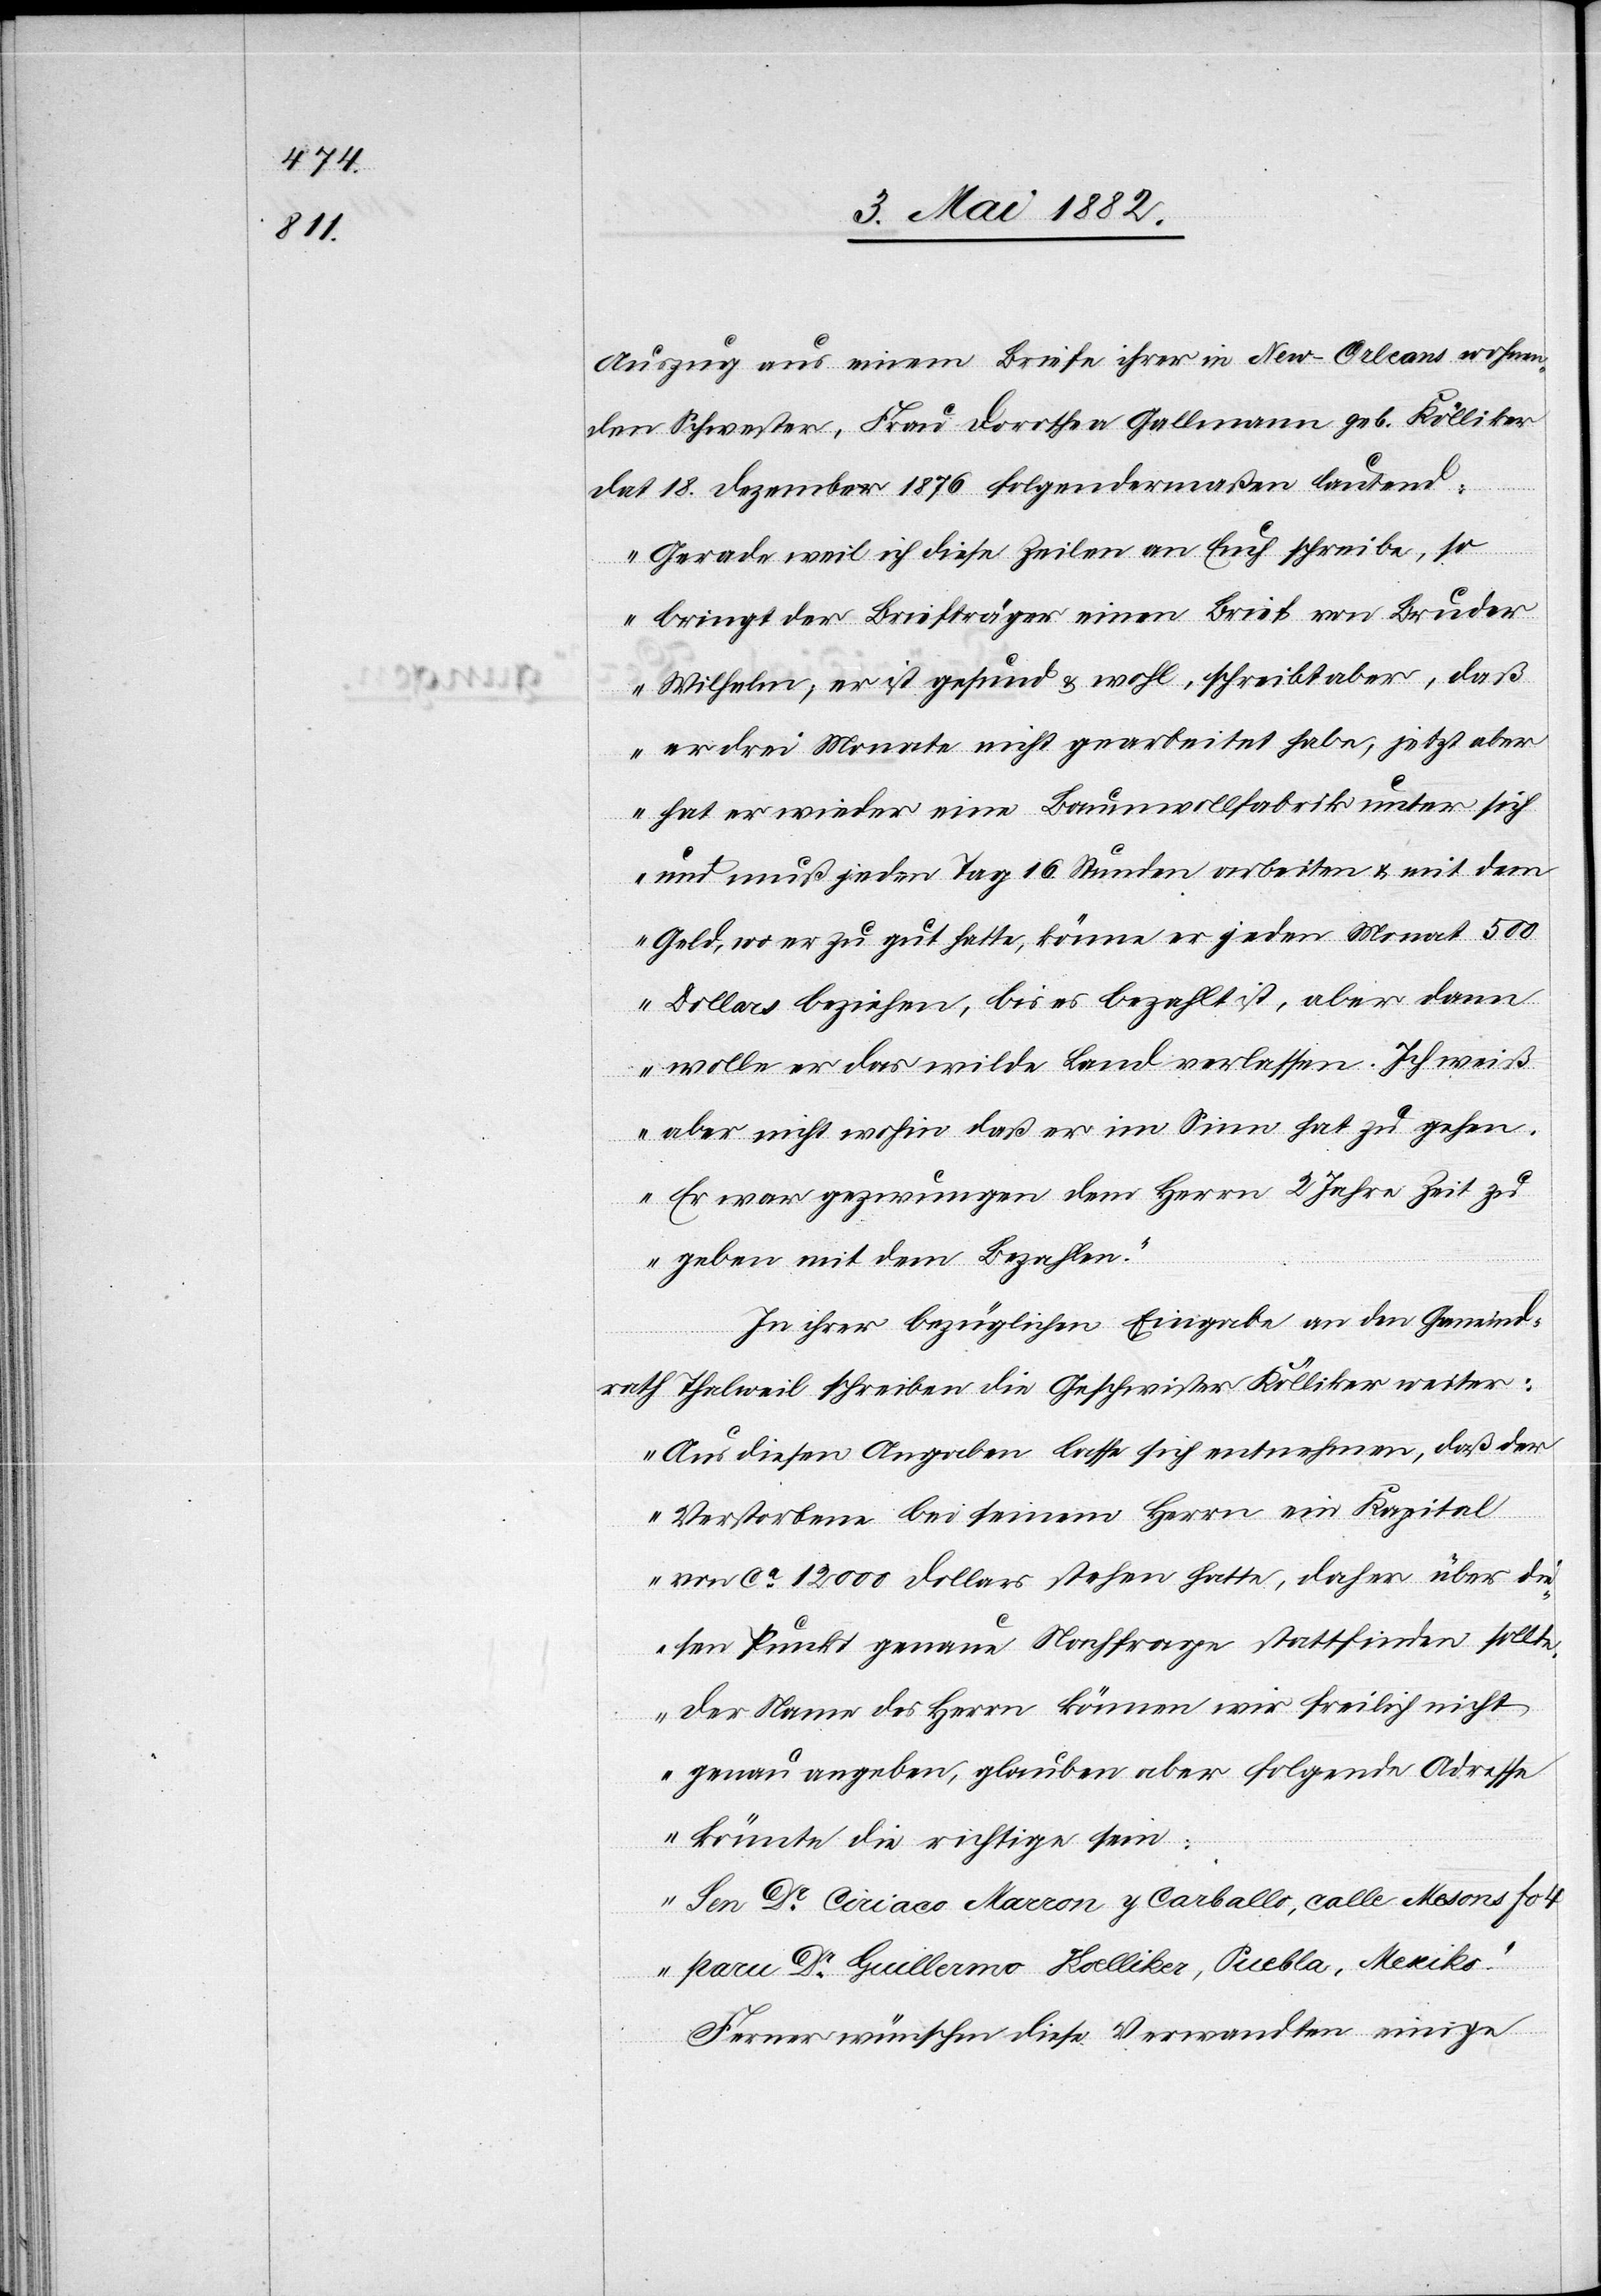
Auszug aus einem Briefe ihrer in New-Orleans wohnen¬
den Schwester, Frau Dorothea Gallmann geb. Kölliker
dat. 18. Dezember 1876 folgendermaßen lautend:
„Gerade weil ich diese Zeilen an Euch schreibe, so
bringt der Briefträger einen Brief von Bruder
Wilhelm; er ist gesund & wohl, schreibt aber, daß
er drei Monate nicht gearbeitet habe, jetzt aber
hat er wieder eine Baumwollfabrik unter sich
und muß jeden Tag 16 Stunden arbeiten & mit dem
Geld, wo er zu gut hatte, könne er jeden Monat 500
Dollars beziehen, bis es bezahlt ist, aber dann
wolle er das wilde Land verlassen. Ich weiß
aber nicht wohin daß er im Sinne hat zu gehen.
Er war gezwungen dem Herrn 2 Jahre Zeit zu
geben mit dem Bezahlen.“
In ihrer bezüglichen Eingabe an den Gemeind¬
rath Thalweil schreiben die Geschwister Kölliker weiter:
„Aus diesen Angaben lasse sich entnehmen, daß der
Verstorbene bei seinem Herrn ein Kapital
von ca 12 000 Dollars stehen hatte, daher über die¬
sen Punkt genaue Nachfrage stattfinden sollte.
Der Name des Herrn [sic!] können wir freilich nicht
genau angeben, glauben aber folgende Adresse
könnte die richtige sein:
Sen. Dr Ciriaco Marron y Carballo, calle Mesons fo 4
paru Dr Guillermo Koelliker, Suebla Puebla?,
Ferner wünschen diese Verwandten einige